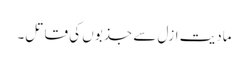
مادیت ازل سے جذبوں کی قاتل۔